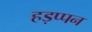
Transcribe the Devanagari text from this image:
हड़प्पन